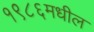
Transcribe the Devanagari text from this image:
१९८६मधील